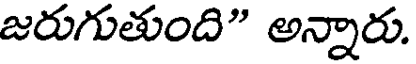
జరుగుతుంది" అన్నారు.